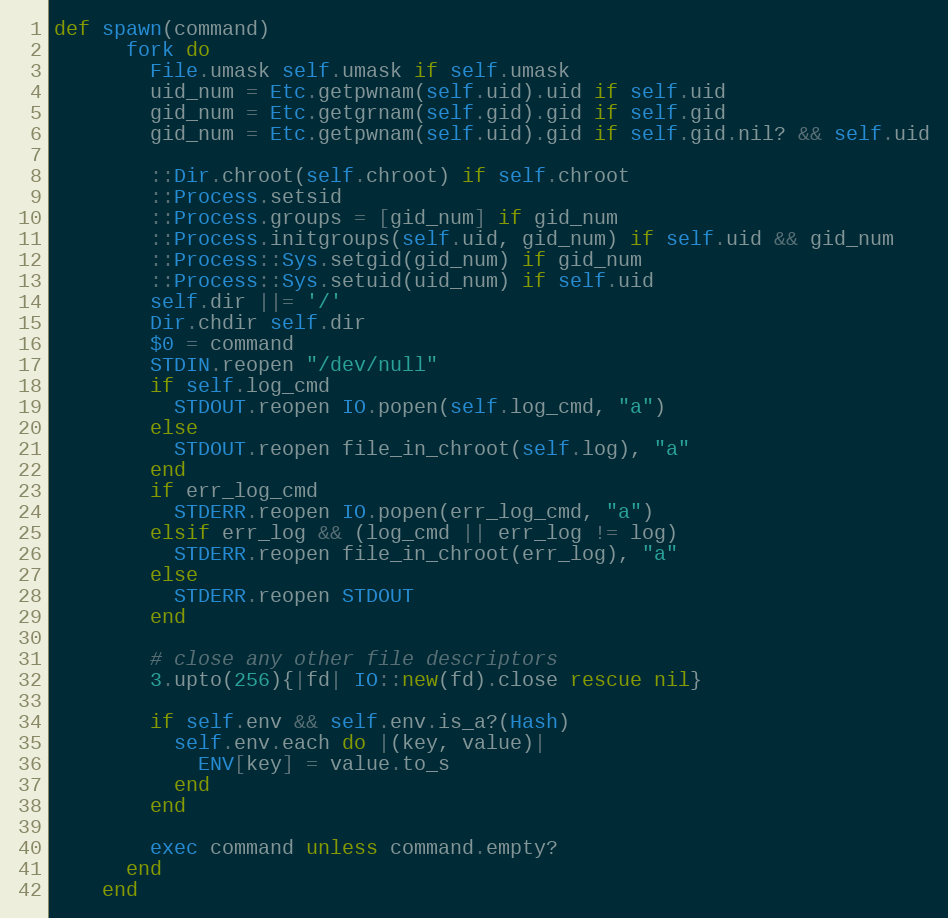
Language: Ruby
def spawn(command)
      fork do
        File.umask self.umask if self.umask
        uid_num = Etc.getpwnam(self.uid).uid if self.uid
        gid_num = Etc.getgrnam(self.gid).gid if self.gid
        gid_num = Etc.getpwnam(self.uid).gid if self.gid.nil? && self.uid

        ::Dir.chroot(self.chroot) if self.chroot
        ::Process.setsid
        ::Process.groups = [gid_num] if gid_num
        ::Process.initgroups(self.uid, gid_num) if self.uid && gid_num
        ::Process::Sys.setgid(gid_num) if gid_num
        ::Process::Sys.setuid(uid_num) if self.uid
        self.dir ||= '/'
        Dir.chdir self.dir
        $0 = command
        STDIN.reopen "/dev/null"
        if self.log_cmd
          STDOUT.reopen IO.popen(self.log_cmd, "a")
        else
          STDOUT.reopen file_in_chroot(self.log), "a"
        end
        if err_log_cmd
          STDERR.reopen IO.popen(err_log_cmd, "a")
        elsif err_log && (log_cmd || err_log != log)
          STDERR.reopen file_in_chroot(err_log), "a"
        else
          STDERR.reopen STDOUT
        end

        # close any other file descriptors
        3.upto(256){|fd| IO::new(fd).close rescue nil}

        if self.env && self.env.is_a?(Hash)
          self.env.each do |(key, value)|
            ENV[key] = value.to_s
          end
        end

        exec command unless command.empty?
      end
    end